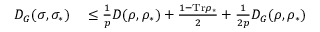
\begin{array} { r l } { D _ { G } ( \sigma , \sigma _ { \ast } ) } & { { } \leq \frac { 1 } { p } D ( \rho , \rho _ { \ast } ) + \frac { 1 - \mathrm { T r } \rho _ { \ast } } { 2 } + \frac { 1 } { 2 p } D _ { G } ( \rho , \rho _ { \ast } ) } \end{array}